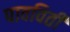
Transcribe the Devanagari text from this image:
पावविती